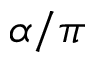
\alpha / \pi